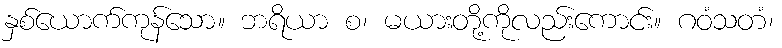
နှစ်ယောက်ကုန်သော။ ဘရိယာ စ၊ မယားတို့ကိုလည်းကောင်း။ ဂဝံသတံ၊